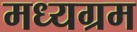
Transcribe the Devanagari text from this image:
मध्यग्रम